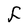
Character: F